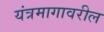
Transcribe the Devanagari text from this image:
यंत्रमागावरील